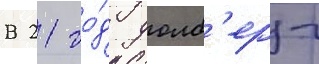
В 21 го́д уолб'ерг